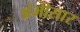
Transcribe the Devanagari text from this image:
अंभीसार